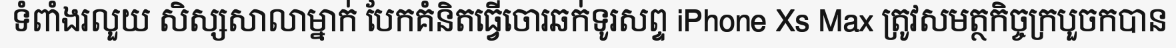
ទំពាំងរលួយ សិស្សសាលាម្នាក់ បែកគំនិតធ្វើចោរឆក់ទូរសព្ទ iPhone Xs Max ត្រូវសមត្ថកិច្ចក្របួចកបាន